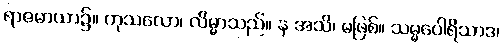
ရာဇမာယာ၌။ ကုသလော၊ လိမ္မာသည်။ န အသိ၊ မဖြစ်။ သမ္မပေါရိသာဒ၊